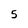
Character: 5